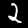
Digit: 2